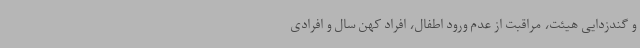
و گندزدایی هیئت، مراقبت از عدم ورود اطفال، افراد کهن سال و افرادی